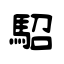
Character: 駋